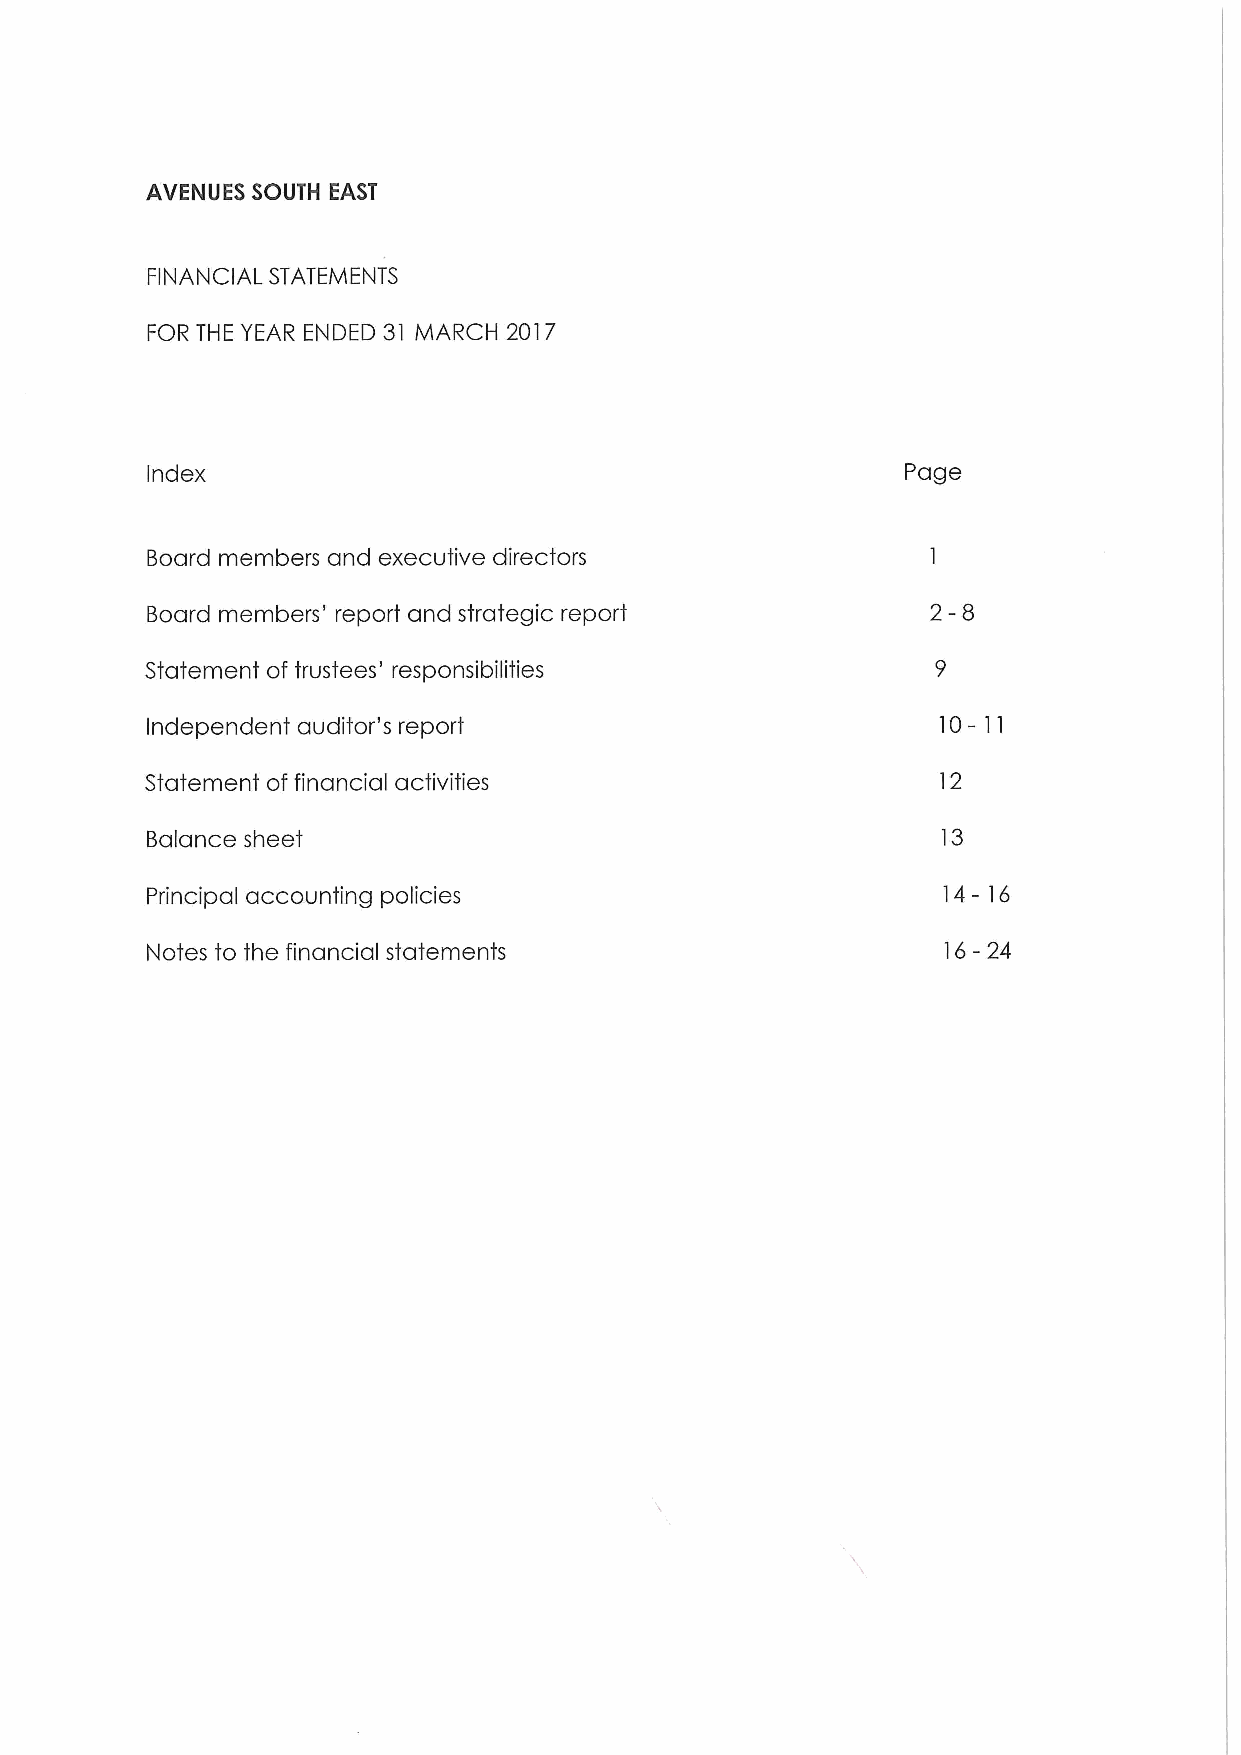
AVENUES SOUTH EAST
 FINANCIAL STATEMENTS
 FOR THE YEAR ENDED 31 MARCH 2017
 Index                                             Page
 Board members and executive directors
 2-8
 Board members' report and strategic report
 Statement of trustees' responsibilities
 Independent auditor's report                        10-11
 Statement of financial activities                   12
 Balance sheet                                       13
 14-16
 Principal accounting policies
 Notes to the financial statements
 16-24